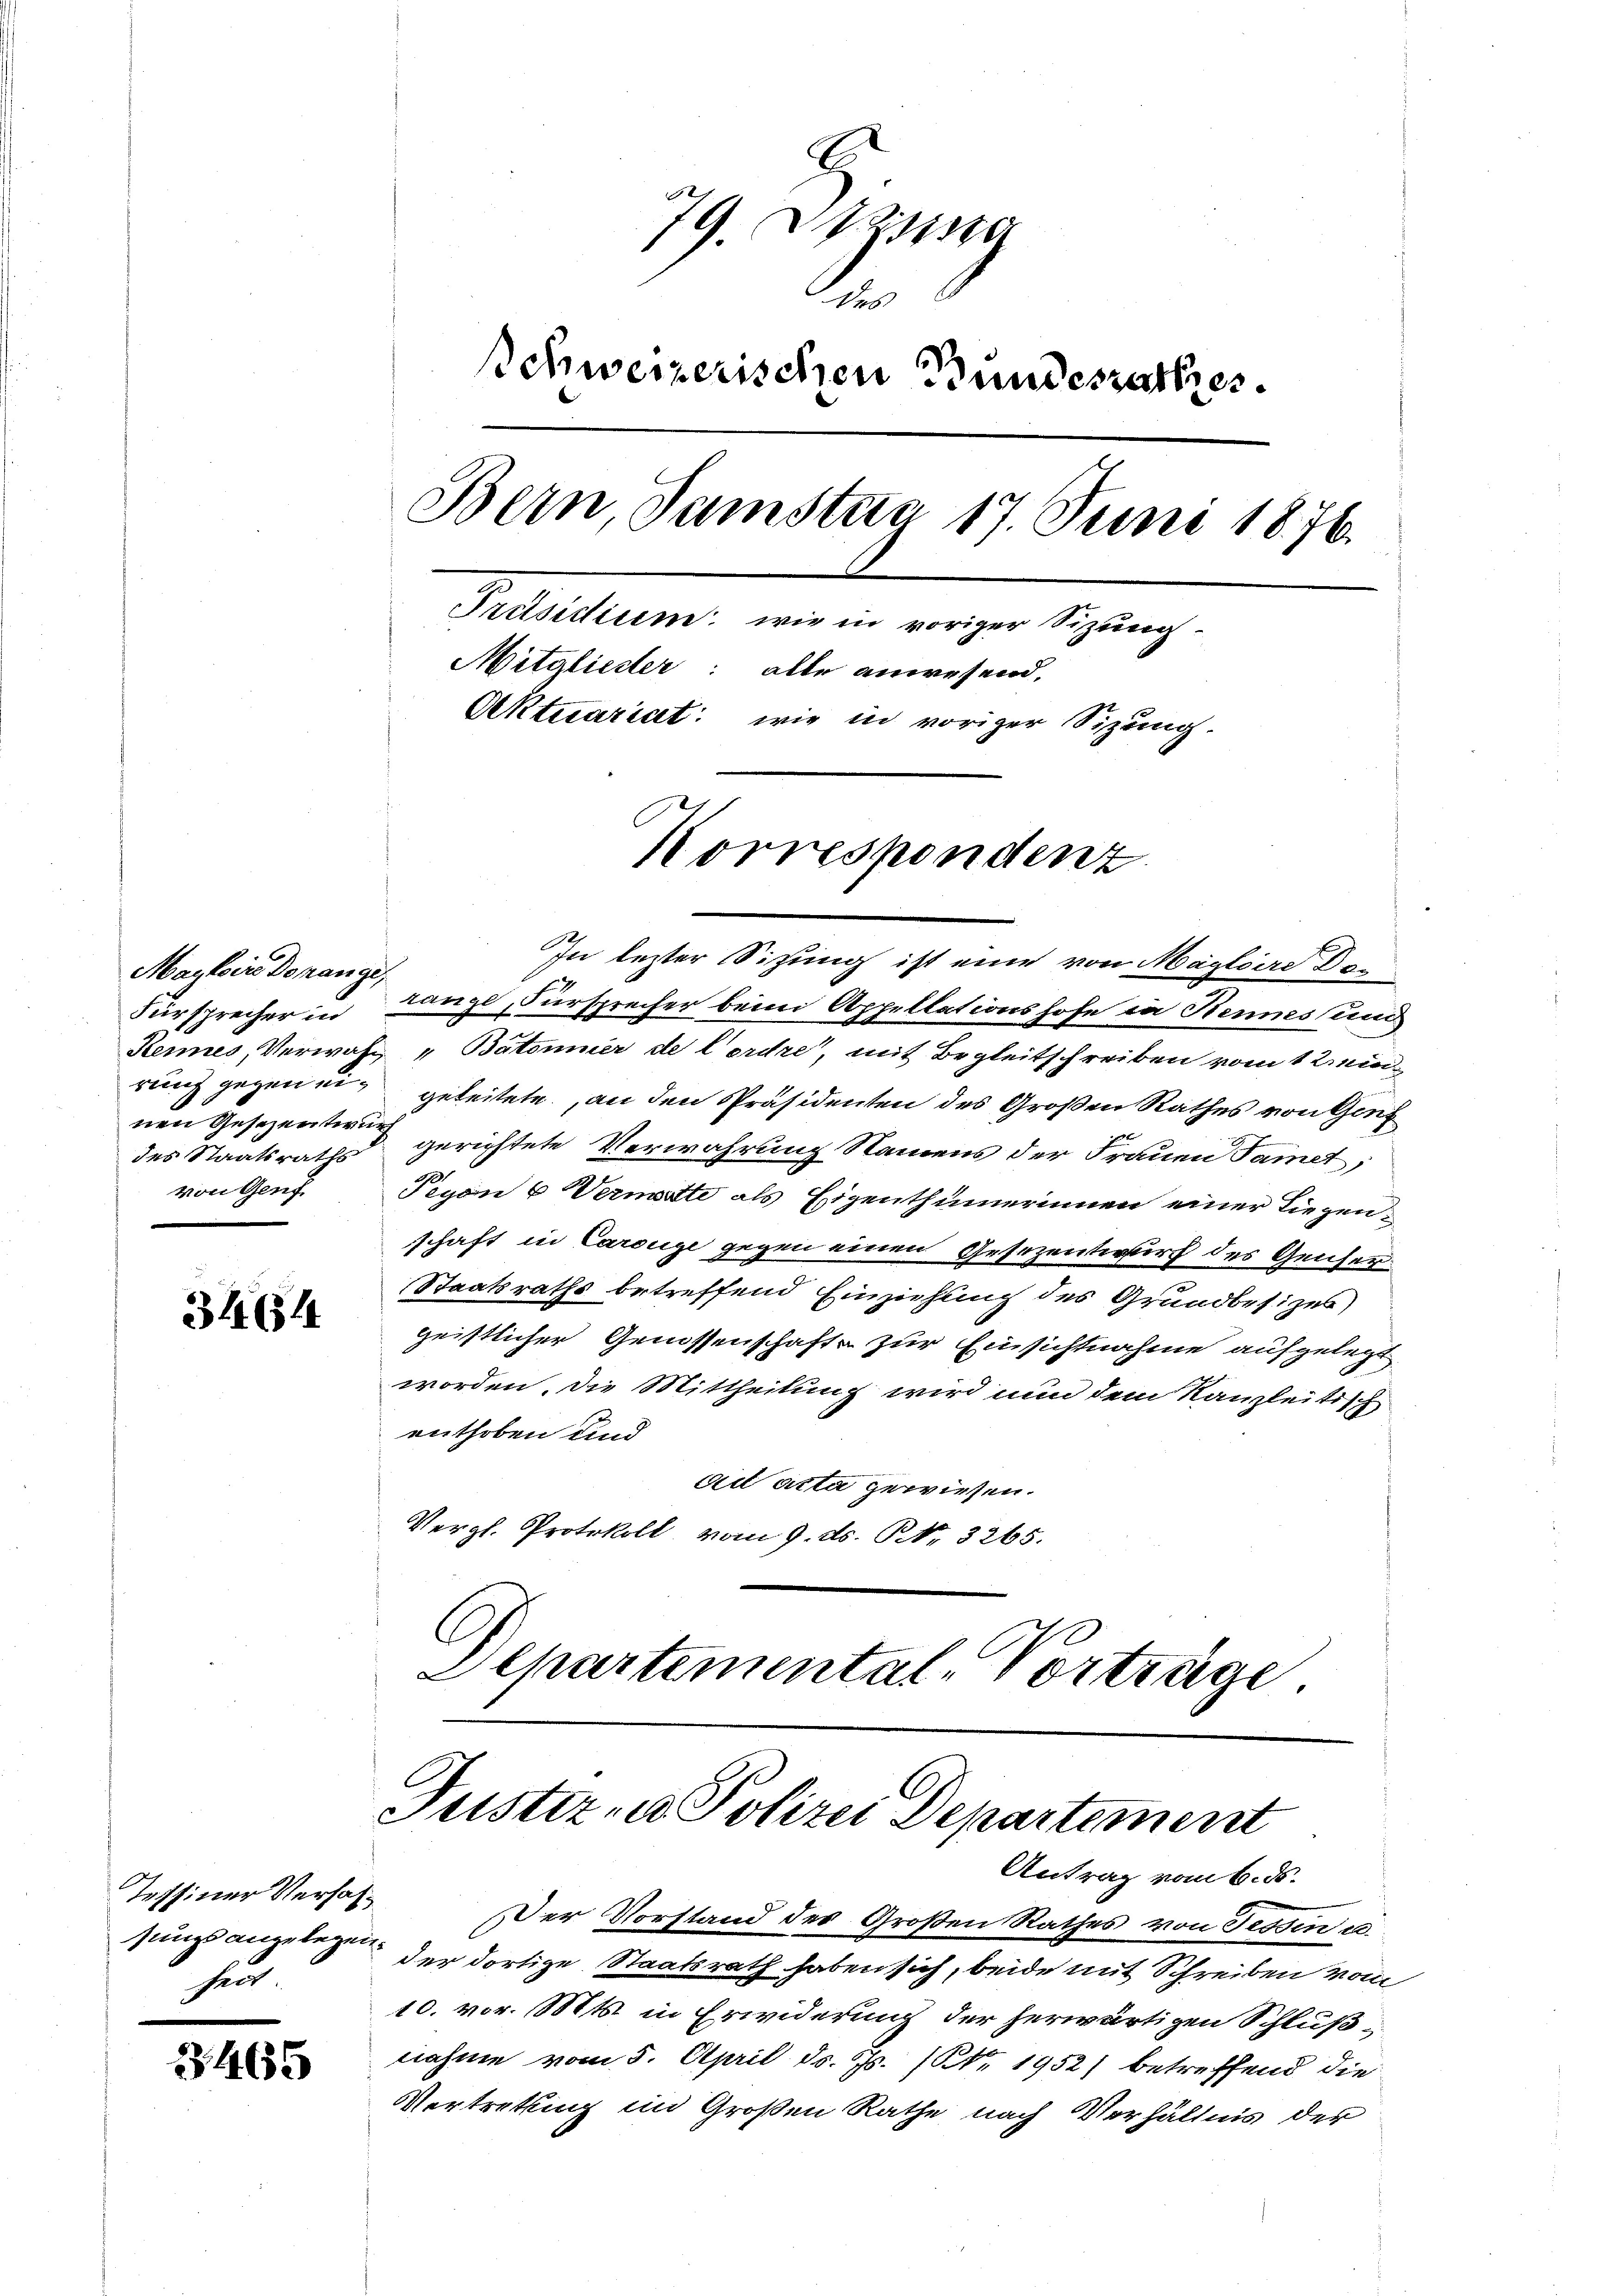
Maylaire Donange,
des Staatsraths
von Genf.

34644

Tessiner Verhalheit

7465

79. Itzig
t
Schweizerischen Bundesrathes.
Bern, Jamstag 17. Juni 1876.
Präsidium, wie in voriger Sizung
Mitglieder: alle anwesend,
Aktuariat: wie in voriger Sitzung.
Korrespondenz

In lezter Sitzung ist eine von Maglaire Do
Fürsprecher in Lange Fürsprecher beim Appellationshofe in Kennes und
Rennes, Verwahr „Batonnier de Cordre, mit Begleitschreiben vom 12. einrung gegen ein geleitete, an den Präsidenten des Großen Rathes von Genf
nen Gesezenten gerichtete Verwahrung Namens der Frauen Samet,
Peyon 6 Vermitte als Eigenthümerinnen einer Liegen-
schaft in Carouge gegen einen Gesezentwurf des Genfer¬
Staatsraths betreffend Einziehung des Grundbesizes)
geistlicher Genossenschafte zur Einsichtnahme aufgelegt
worden, die Mittheilung wird nun dem Kanzleitisch
enthoben und
ad acta gewiesen.
Vergl. Protokoll vom 9. d. NNo. 3265.
Departemental-Vorträge

Justiz- u Polizei Departement
Antrag vom 6. ds.

Der Vorstand des Großen Rathes von Tessen u.
sungsanzelegen der dortige Staatsrath haben sich, beide mit Schreiben vom
10. vor. Mts. in Erwiderung der herwärtigen Schlußnahme vom 5. April d. Js. (NNo. 1952) betreffend die
Vertrettung im Großen Rathe nach Verhältnis der